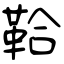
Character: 鞈